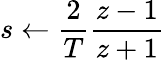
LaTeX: s\leftarrow{\frac{2}{T}}{\frac{z-1}{z+1}}